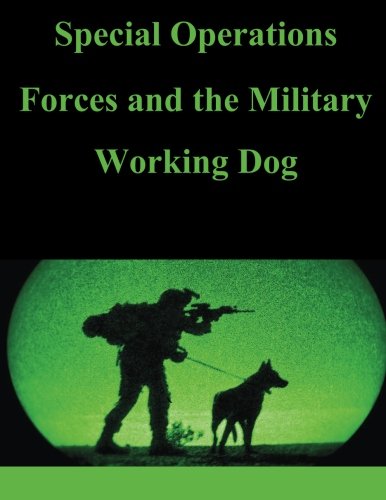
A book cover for Special Operations Forces and the Military Working Dog; United States Army Command and General Staff College; History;